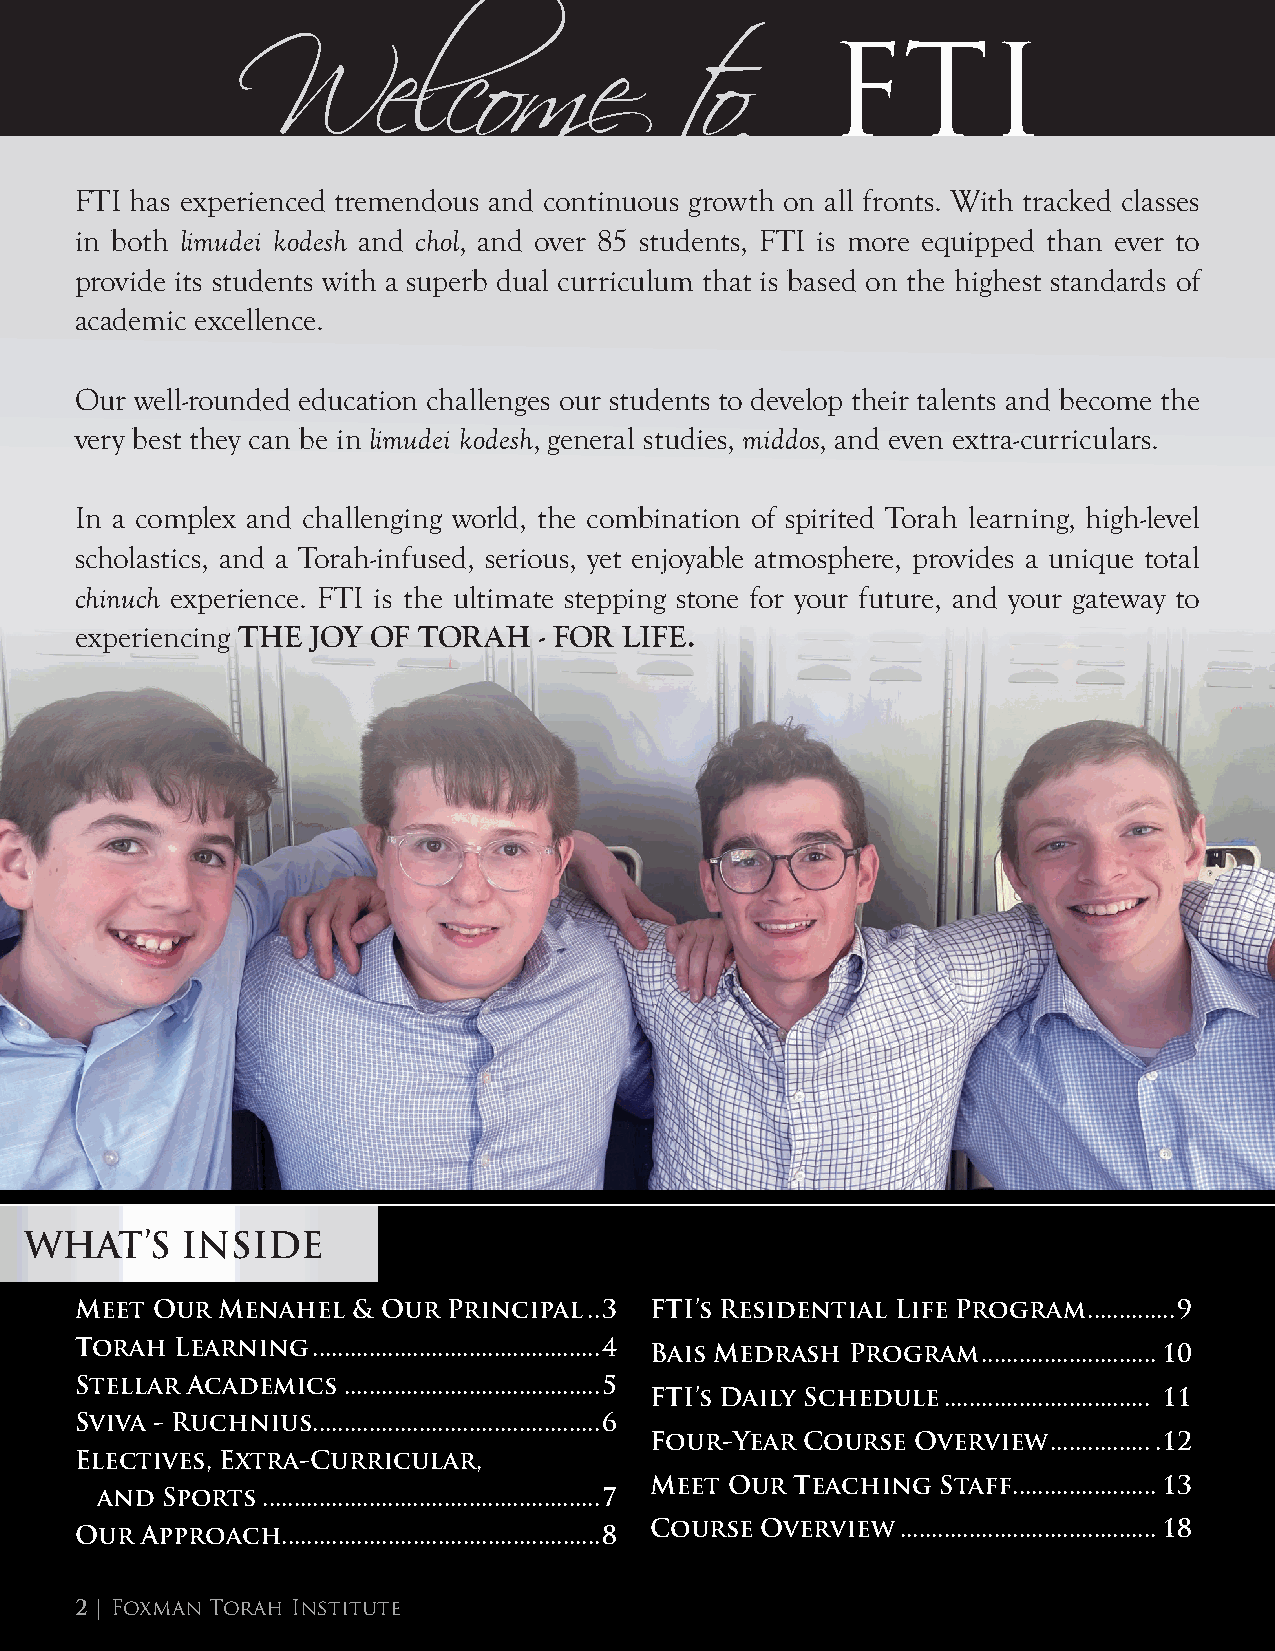
FTI
 Welcome                     to
 FTI has experienced tremendous and continuous growth on all fronts. With tracked classes
 in both limudei kodesh and chol, and over 85 students, FTI is more equipped than ever to
 provide its students with a superb dual curriculum that is based on the highest standards of
 academic excellence.
 Our well-rounded education challenges our students to develop their talents and become the
 very best they can be in limudei kodesh, general studies, middos, and even extra-curriculars.
 In a complex and challenging world, the combination of spirited Torah learning, high-level
 scholastics, and a Torah-infused, serious, yet enjoyable atmosphere, provides a unique total
 chinuch experience. FTI is the ultimate stepping stone for your future, and your gateway to
 experiencing THE JOY OF TORAH  - FOR LIFE.
 WHAT’S    INSIDE
 Meet Our  Menahel & Our  Principal ..3 FTI’s Residential Life Program ..............9
 Torah  Learning ..............................................4 Bais Medrash Program ............................10
 Stellar Academics .........................................5
 FTI’s Daily Schedule ................................. 11
 Sviva - Ruchnius ..............................................6
 Four-Year Course  Overview .................12
 Electives, Extra-Curricular,
 Meet Our  Teaching Staff .......................13
 and  Sports ......................................................7
 Our Approach...................................................8 Course Overview .........................................18
 2 | Foxman Torah Institute